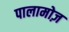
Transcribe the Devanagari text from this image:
पालामोज़